Enquiry on enteric fever in India - Number 32
Disease focus: Fever
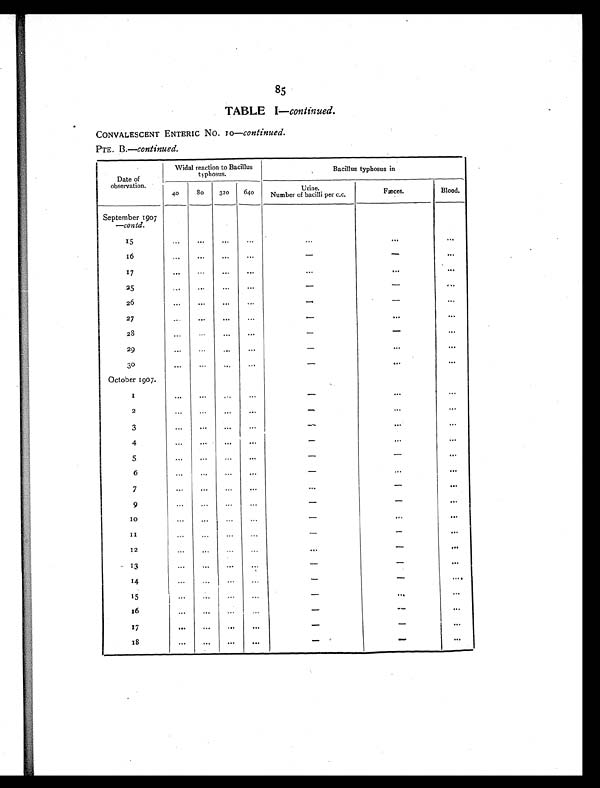
8
5
TABLE I—continued.
CONVALESCENT ENTERIC No. 10 —continued.
PTE. B.—continued.
Date of
observation.
Widal reaction to Bacillus
typhosus.
Bacillus typhosus in
40
80
320
640
Urine.
Number of bacilli per c.c.
Fæces.
Blood.
September 1907
—contd.
15
. . .
. . .
. . .
. . .
. . .
. . .
. . .
1 6
. . .
. . .
. . .
. . .
-
-
. . .
17
. . .
. . .
. . .
. . .
. . .
...
. . .
25
. . .
. . .
. . .
. . .
-
-
. . .
26
. . .
. . .
. . .
. . .
-
-
. . .
27
. . .
. . .
. . .
. . .
-
. . .
. . .
2 8
. . .
. . .
. . .
. . .
-
-
. . .
29
. . .
. . .
. . .
. . .
-
. . .
. . .
3 0
. . .
. . .
. . .
. . .
-
. . .
. . .
October 1907.
...
1
. . .
. . .
. . .
. . .
-
. . .
...
2
. . .
. . .
. . .
. . .
-
. . .
. . .
3
. . .
. . .
. . .
. . .
-
...
. . .
4
. . .
. . .
. . .
. . .
-
. . .
. . .
5
. . .
. . .
. . .
. . .
-
-
. . .
6
. . .
. . .
. . .
. . .
-
.. .
. . .
7
. . .
. . .
. . .
. . .
. . .
-
. . .
9
. . .
. . .
. . .
. . .
-
-
. . .
10
. . .
. . .
. . .
. . .
-
. . .
. . .
1 1
. . .
. . .
. . .
. . .
-
-
. . .
1 2
. . .
. . .
. . .
. . .
. . .
-
. . .
13
. . .
. . .
. . .
. . .
-
-
. . .
14
. . .
. . .
. . .
. . .
-
-
. . .
15
. . .
. . .
. . .
. . .
-
. . .
. . .
1 6
. . .
. . .
. . .
. . .
-
-
. . .
17
. . .
. . .
. . .
. . .
-
-
. . .
18
. . .
. . .
. . .
. . .
-
-
. . .